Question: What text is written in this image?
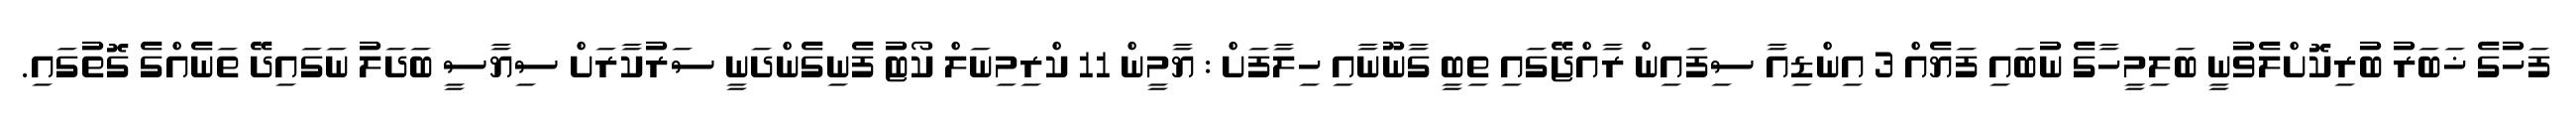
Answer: ފަހުގެ ޚަބަރު ބުރިކޮށްލެވުނީ ބަލިމީހާގެ ނުބައި ފަޔެއް 3 އިންޑިއާ ސިފައިން ރާއްޖޭގައި ތިބީ ގާނޫނާއި ހިލާފަށް : ޔާމީން 11 ކްރިމިނަލް ކޯޓު ފެނިގެންދަނީ ސަރުކާރަށް ސިޔާސީ ބަދަލު ނަގައިދޭ ތަނެއްގެ ގޮތުގައި.